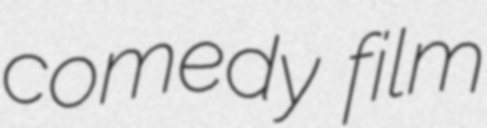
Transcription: comedy film